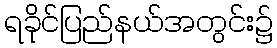
ရခိုင်ပြည်နယ်အတွင်း၌